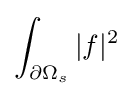
\displaystyle {\int _{\partial \Omega _{s}}|f|^{2}}